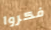
فكروا